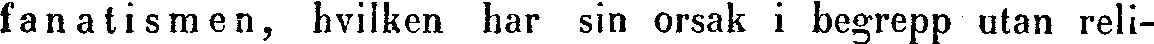
fanatismen, hvilken har sin orsak i begrepp utan reli-